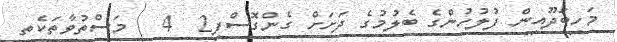
މަހިބަދޫއިން ފުލުހުންގެ ބެލުމުގެ ދަށަށް ގެންގޮސްފިި2  4   މަސްތުވާތަކެތި